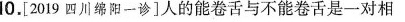
10.[2019四川绵阳一诊]人的能卷舌与不能卷舌是一对相